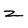
Character: z